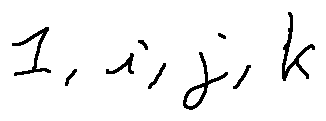
1 , i , j , k